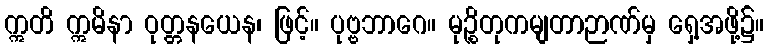
ဣတိ ဣမိနာ ဝုတ္တနယေန၊ ဖြင့်။ ပုဗ္ဗဘာဂေ။ မုဉ္စိတုကမျတာဉာဏ်မှ ရှေ့အဖို့၌။